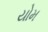
યોમ